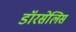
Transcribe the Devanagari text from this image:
डॉरसेलिस